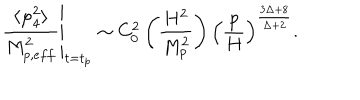
\left. \frac { \langle \varphi _ { 4 } ^ { 2 } \rangle } { M _ { p , e f f } ^ { 2 } } \right\vert _ { t = t _ { p } } \sim C _ { 0 } ^ { 2 } \left( \frac { H ^ { 2 } } { M _ { p } ^ { 2 } } \right) \left( \frac { p } { H } \right) ^ { \frac { 3 \Delta + 8 } { \Delta + 2 } } .